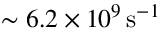
\sim 6 . 2 \times 1 0 ^ { 9 } \, \mathrm { s } ^ { - 1 }